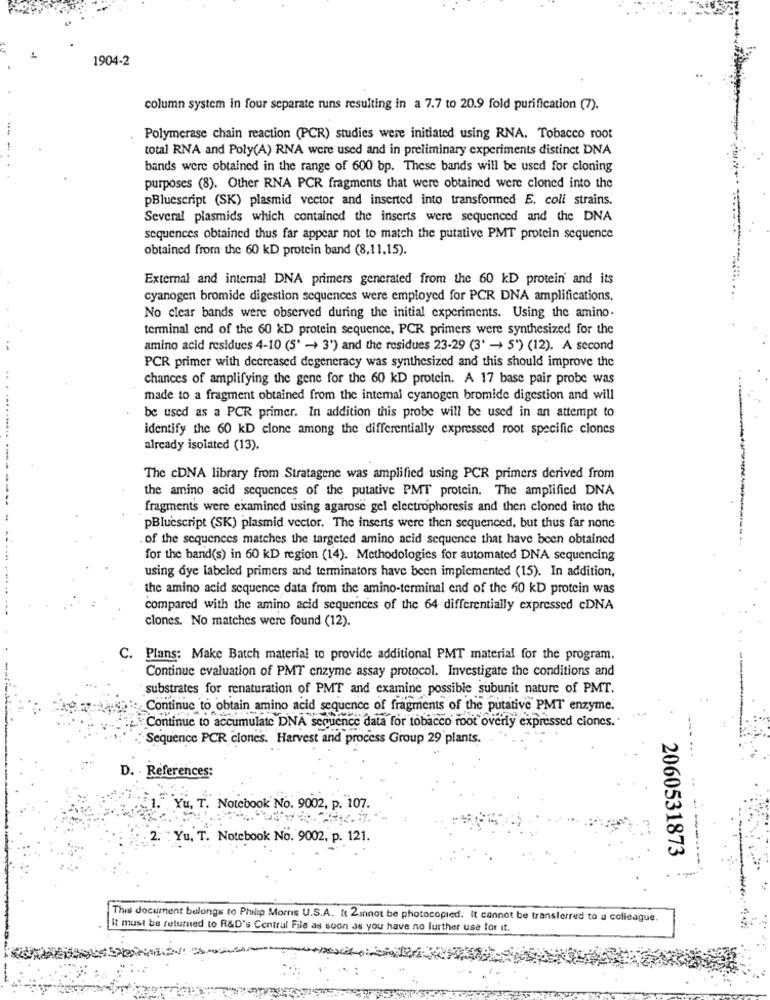
1904-2
column system in four separate runs resulting in a 7.7 to 20.9 fold purification (7).
Polymerase chain reaction (PCR) studies were initiated using RNA. Tobacco root
total RNA and Poly(A) RNA were used and in preliminary experiments distinct DNA
bands were obtained in the range of 600 bp. These bands will be used for cloning
purposes (8). Other RNA PCR fragments that were obtained were cloned into the
pBluescript (SK) plasmid vector and inserted into transformed E. coli strains.
Several plasmids which contained the inserts were sequenced and the DNA
sequences obtained thus far appear not to match the putative PMT protein sequence
obtained from the 60 kD protein band (8,11.15).
External and internal DNA primers generated from the 60 kD protein and its
cyanogen bromide digestion sequences were employed for PCR DNA amplifications.
No clear bands were observed during the initial experiments. Using the amino.
terminal end of the 60 XD protein sequence, PCR primers were synthesized for the
amino acid residues 4-10 (5' -> 3') and the residues 23-29 (3' -> 5') (12). A second
PCR primer with decreased degeneracy was synthesized and this should improve the
chances of amplifying the gene for the 60 kD protein. A 17 base pair probe was
made to a fragment obtained from the intemal cyanogen bromide digestion and will
. ......
be used as a PCR primer. In addition this probe will be used in an attempt to
identify the 60 kD clone among the differentially expressed root specific clones
already isolated (13).
The cDNA library from Stratagene was amplified using PCR primers derived from
the amino acid sequences of the putative PMT protein. The amplified DNA
fragments were examined using agarose gel electrophoresis and then cloned into the
pBlucscript (SK) plasmid vector. The inserts were then sequenced, but thus far none
of the sequences matches the targeted amino acid sequence that have been obtained
for the band(s) in 60 kD region (14). Methodologies for automated DNA sequencing
using dye labeled primers and terminators have been implemented (15). In addition,
the amino acid sequence data from the amino-terminal end of the 50 kD protein was
compared with the amino acid sequences of the 64 differentially expressed cDNA
clones. No matches were found (12).
C. Plans: Make Batch material to provide additional PMT material for the program.
Continue evaluation of PMT cnzyme assay protocol. Investigate the conditions and
substrates for renaturation of PMT and examine possible subunit nature of PMT.
Continue to obtain amino acid sequence of fragments of the putative PMT enzyme.
Continue to accumulate DNA sequence data for tobacco root overly expressed clones ..
Sequence PCR clones. Harvest and process Group 29 plants.
D. - References:
Yu. T. Notebook No. 9002, p. 107.
Yu, T. Notebook No. 9002, p. 121.
---
2060531873
This document belongs to Philip Morris U.S.A. It 2mnot be photocopied. It cannot be transferred to u colleague.
It must be returned to R&D's Central File as soon as you have no further use for it.